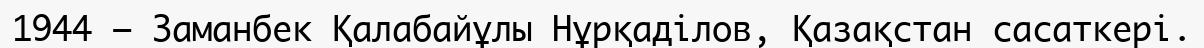
1944 — Заманбек Қалабайұлы Нұрқаділов, Қазақстан сасаткері.